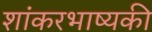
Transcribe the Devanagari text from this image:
शांकरभाष्यकी